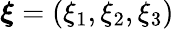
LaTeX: \boldsymbol{\xi}=(\xi_{1},\xi_{2},\xi_{3})